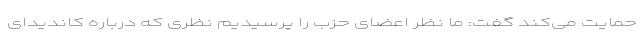
حمایت می‌کند گفت: ما نظر اعضای حزب را پرسیدیم نظری که درباره کاندیدای